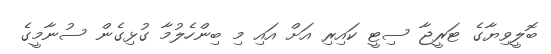
ބޮލީވިޔާގެ ޓަރީޖާ ސިޓީ ކައިރި އަށް އައި މި ބިންހެލުމާ ގުޅިގެން ސުނާމީގެ